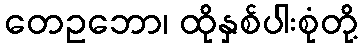
တေဥဘော၊ ထိုနှစ်ပါးစုံတို့